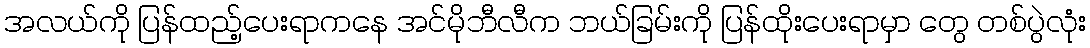
အလယ်ကို ပြန်ထည့်ပေးရာကနေ အင်မိုဘီလီက ဘယ်ခြမ်းကို ပြန်ထိုးပေးရာမှာ တွေ တစ်ပွဲလုံး